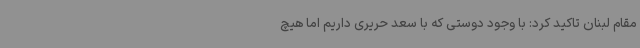
مقام لبنان تاکید کرد: با وجود دوستی که با سعد حریری داریم اما هیچ